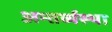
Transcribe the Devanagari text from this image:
अन्तर्व्यस्था